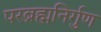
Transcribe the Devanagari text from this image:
परब्रह्मनिर्गुण